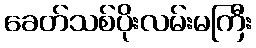
ခေတ်သစ်ပိုးလမ်းမကြီး